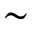
\sim